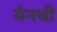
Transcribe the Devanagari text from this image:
येनची